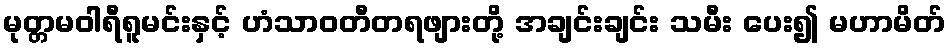
မုတ္တမဝါရီရူမင်းနှင့် ဟံသာဝတီတရဖျားတို့ အချင်းချင်း သမီး ပေး၍ မဟာမိတ်